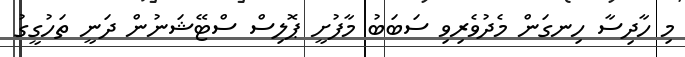
މި ހާދިސާ ހިނގަން މެދުވެރިވި ސަބަބު މާފުށީ ޕޮލިސް ސްޓޭޝަނުން ދަނީ ތަހުގީގު